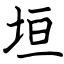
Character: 垣